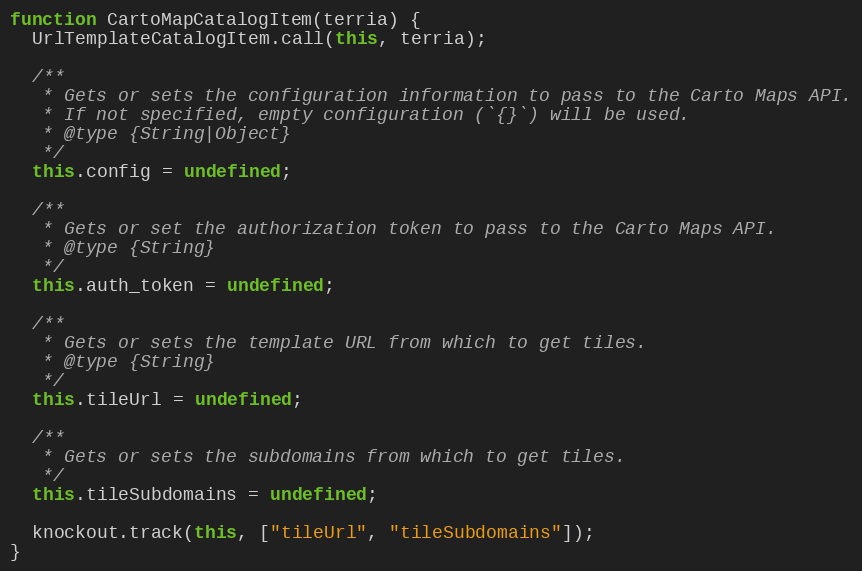
Language: JavaScript
function CartoMapCatalogItem(terria) {
  UrlTemplateCatalogItem.call(this, terria);

  /**
   * Gets or sets the configuration information to pass to the Carto Maps API.
   * If not specified, empty configuration (`{}`) will be used.
   * @type {String|Object}
   */
  this.config = undefined;

  /**
   * Gets or set the authorization token to pass to the Carto Maps API.
   * @type {String}
   */
  this.auth_token = undefined;

  /**
   * Gets or sets the template URL from which to get tiles.
   * @type {String}
   */
  this.tileUrl = undefined;

  /**
   * Gets or sets the subdomains from which to get tiles.
   */
  this.tileSubdomains = undefined;

  knockout.track(this, ["tileUrl", "tileSubdomains"]);
}